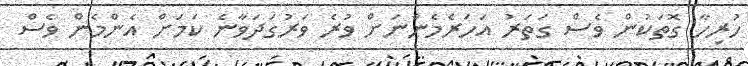
ހުރިހާ ގޮތަކުން ވެސް ގަތަރު އަހަރެމެންނަށް ވުރެ ވަރުގަދަވާނެ ކަމަށް އެންމެންް ވެސް